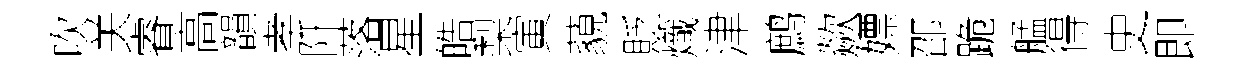
吹关睿高韻孝阡落星皓梨寅藐貶熾津鹧歘嫖邵跪艋得史即